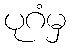
ပုဂံမှ